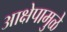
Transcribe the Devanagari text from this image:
आक्षेपामुळे